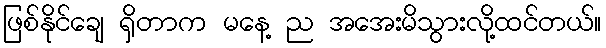
ဖြစ်နိုင်ချေ ရှိတာက မနေ့ ည အအေးမိသွားလို့ထင်တယ်။